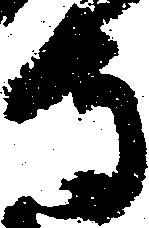
守